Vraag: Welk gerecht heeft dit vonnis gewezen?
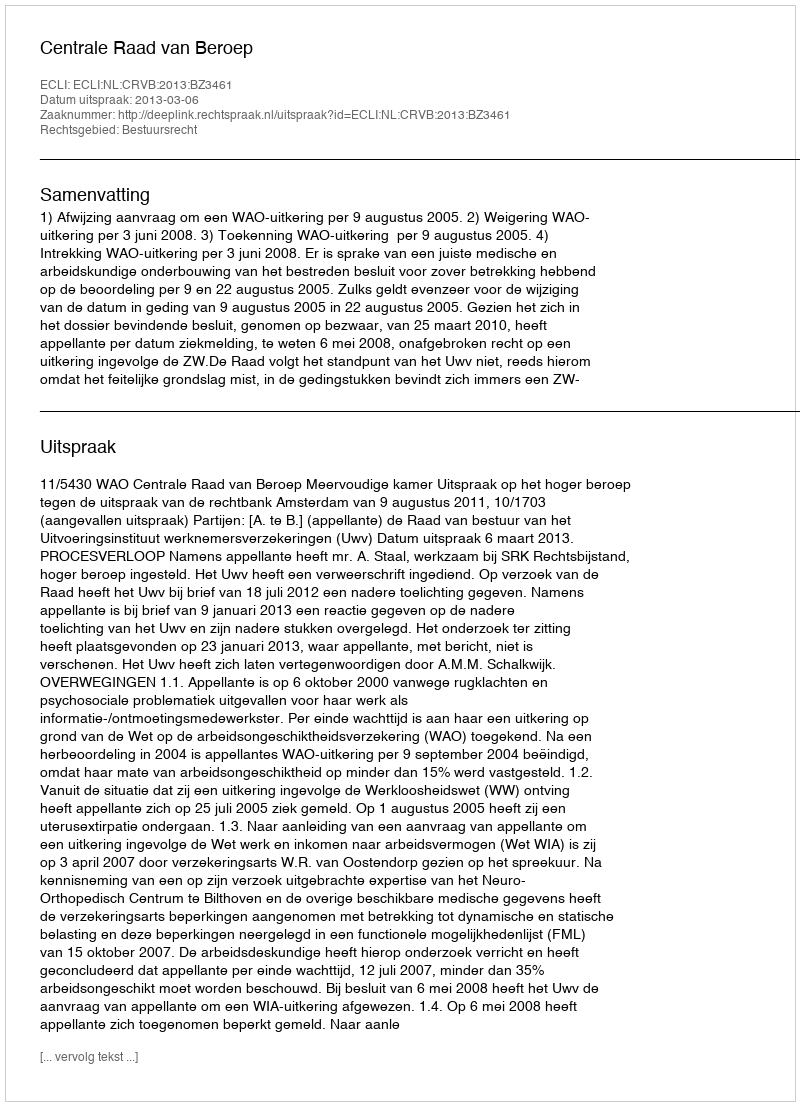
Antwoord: Centrale Raad van Beroep